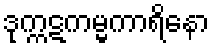
ဒုက္ကဋကမ္မကာရိနော